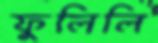
ফুলিলি